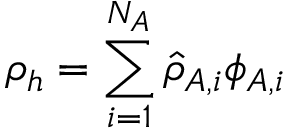
\displaystyle \rho _ { h } = \sum _ { i = 1 } ^ { N _ { A } } \widehat { \rho } _ { A , i } \phi _ { A , i }